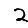
Digit: 2